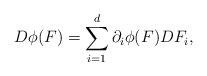
LaTeX: \begin{align*}D\phi(F)=\sum_{i=1}^d\partial_i\phi(F)DF_i , \end{align*}